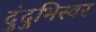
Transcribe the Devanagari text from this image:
दुंदुभिस्वर